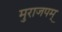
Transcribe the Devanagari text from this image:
मुराजपम्